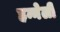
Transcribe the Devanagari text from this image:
हन्नेली